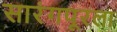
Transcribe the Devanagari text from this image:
सारंगपूरला